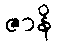
ဇာနိ